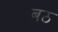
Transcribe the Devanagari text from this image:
बठ